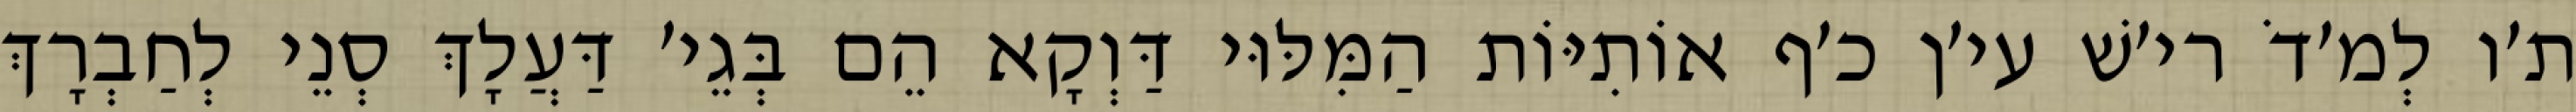
ת׳ו לְמ׳דֹ רי׳שׁ עי׳ן כ׳ף אוֹתִיּוֹת הַמִּלּוּי דַּוְקָא הֵם בְּגֵי׳ דַּעֲלָךְ סְנֵי לְחַבְרָךְ